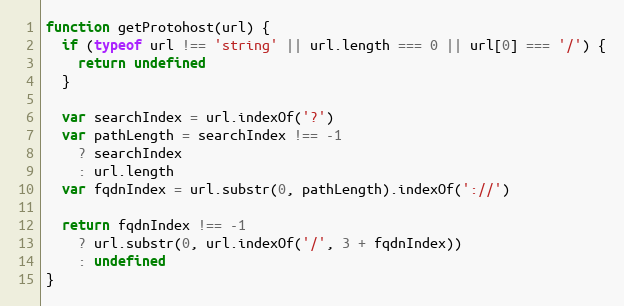
Language: JavaScript
function getProtohost(url) {
  if (typeof url !== 'string' || url.length === 0 || url[0] === '/') {
    return undefined
  }

  var searchIndex = url.indexOf('?')
  var pathLength = searchIndex !== -1
    ? searchIndex
    : url.length
  var fqdnIndex = url.substr(0, pathLength).indexOf('://')

  return fqdnIndex !== -1
    ? url.substr(0, url.indexOf('/', 3 + fqdnIndex))
    : undefined
}